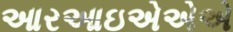
આરઆઇએએએ